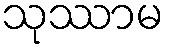
သုဿာမ